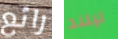
رائع ليلند